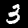
Label: 3